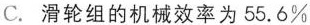
C.滑轮组的机械效率为55.6%